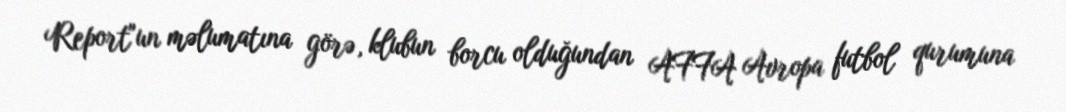
Report"un məlumatına görə, klubun borcu olduğundan AFFA Avropa futbol qurumuna